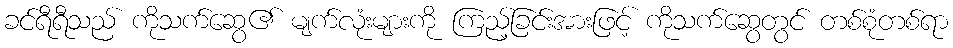
ခင်ရီရီသည် ကိုသက်ဆွေ၏ မျက်လုံးများကို ကြည့်ခြင်းအားဖြင့် ကိုသက်ဆွေတွင် တစ်စုံတစ်ရာ